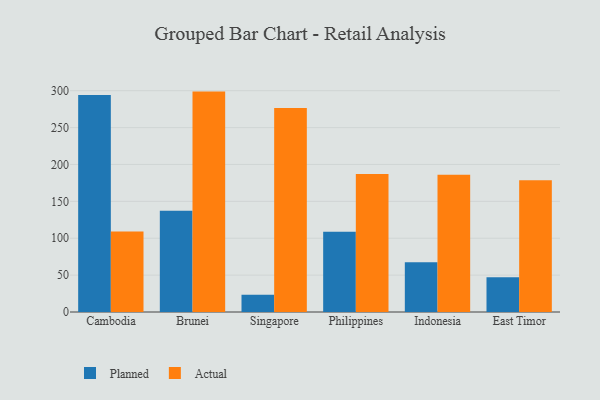
{"axis": {"x": "Country", "y": "Latency (ms)"}, "legend": ["Actual", "Planned"], "data": [{"x": "Cambodia", "y": 294.2, "type": "Planned"}, {"x": "Cambodia", "y": 109.0, "type": "Actual"}, {"x": "Brunei", "y": 137.3, "type": "Planned"}, {"x": "Brunei", "y": 298.8, "type": "Actual"}, {"x": "Singapore", "y": 23.5, "type": "Planned"}, {"x": "Singapore", "y": 276.4, "type": "Actual"}, {"x": "Philippines", "y": 108.9, "type": "Planned"}, {"x": "Philippines", "y": 187.2, "type": "Actual"}, {"x": "Indonesia", "y": 67.6, "type": "Planned"}, {"x": "Indonesia", "y": 186.1, "type": "Actual"}, {"x": "East Timor", "y": 47.0, "type": "Planned"}, {"x": "East Timor", "y": 178.5, "type": "Actual"}]}